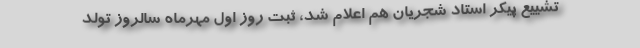
تشییع پیکر استاد شجریان هم اعلام شد، ثبت روز اول مهرماه سالروز تولد